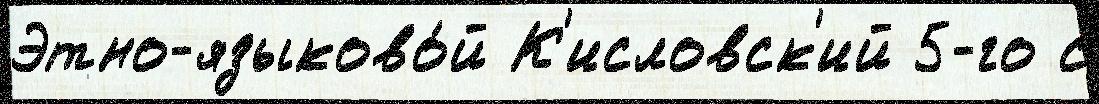
Этно-языково́й К'исловск'ий 5-го с